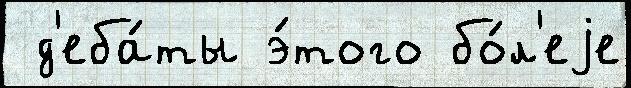
 д'еба́ты э́того бо́л'еjе